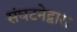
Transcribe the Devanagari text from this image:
संघटनेद्वारा